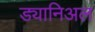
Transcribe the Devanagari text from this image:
ड्यानिअल